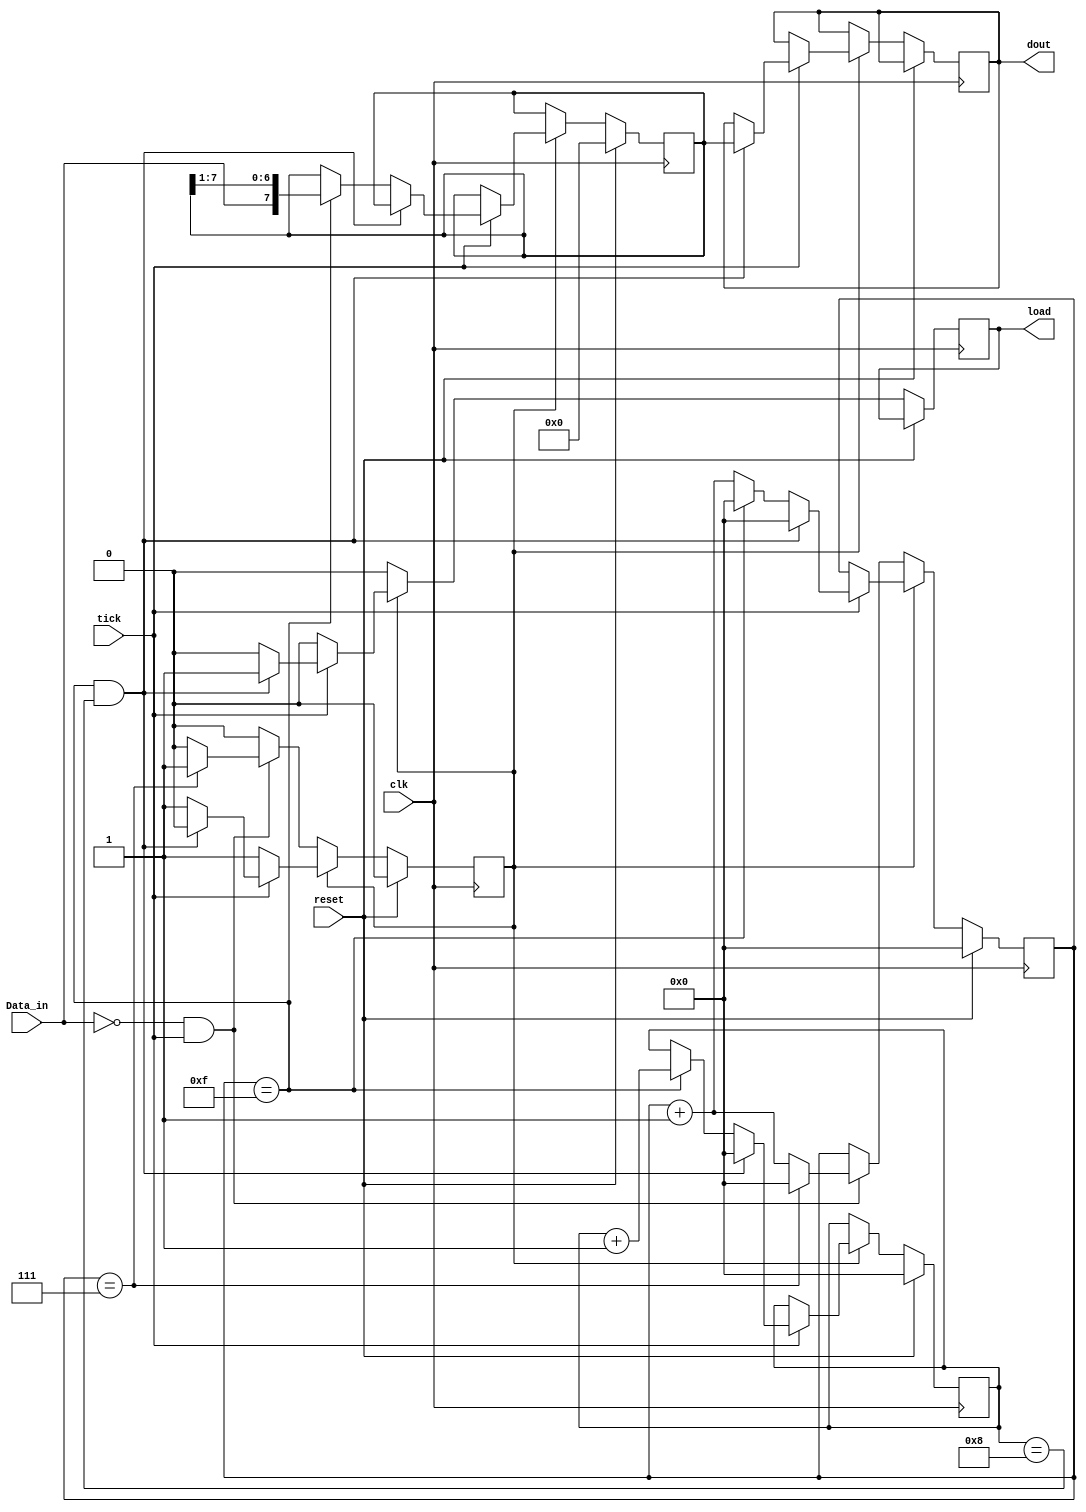
//K.Bajur, K.Brudz

module uart_receiver(
    input clk,
    input reset,
    input Data_in,
    input tick,
    output reg[7:0] dout,
    output reg load
    );

reg start_flag;

reg [7:0]shift_reg;

reg [3:0]counter;
reg [3:0]bit_cnt;

always@(posedge clk)
if(reset) 
	begin
	shift_reg<=0;
	counter<=0;
	bit_cnt<=0;
	start_flag<=0;
	end
else
	begin
		load <= 0; 
		if(!start_flag)begin 
			if(!Data_in && tick) 
				if(counter==7)    
					begin
					start_flag<=1; 
					counter<=0;    
					end
				else
				   counter<=counter+1;end 
		else if(tick)  
					if(counter == 15 && bit_cnt==8) 
						begin
						load<=1;             
						counter<=0;
						dout<=shift_reg[7:0]; 
						start_flag<=0;        
						bit_cnt<=0;
						end
					else if(counter == 15) 
						begin
						counter<=0;         
						shift_reg<={Data_in,shift_reg[7:1]}; 
						bit_cnt<=bit_cnt+1;  
						end
					else
						counter<=counter+1; 
	end
endmodule